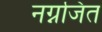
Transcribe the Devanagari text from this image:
नग्नजित